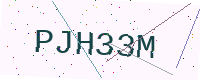
Text: PJH33M